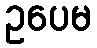
ဥပေမ